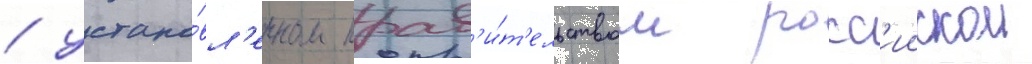
/ устано́вл'енном прав'и́т'ельством росс'иискои